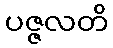
ပဇ္ဇလတိ